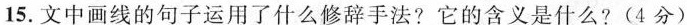
15.文中画线的句子运用了什么修辞手法?它的含义是什么?(4分)